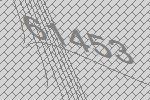
61453